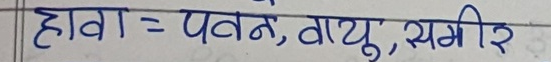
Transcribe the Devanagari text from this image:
हावा = पवन, वायु, समीर